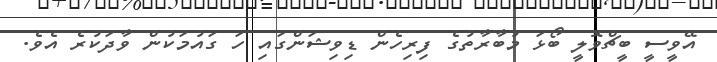
އޭވީސީ ބީޗްވޮލީ ބޯޅަ މުބާރާތުގެ ފިރިހެން ޑިިވިޝަންގައި ހަ ގައުމަކުން ވާދަކުރެ އެވެ.